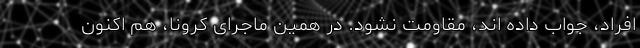
افراد، جواب داده اند، مقاومت نشود. در همین ماجرای کرونا، هم اکنون